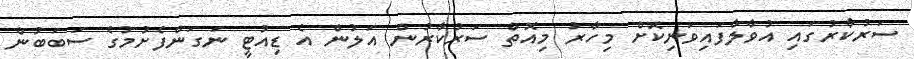
ސަރުކާރުގައި އުވާލާފައިވަނިކޮށް މިހާރު މިއޮތް ސަރުކާރުން އަލުން އެ ޑިއުޓީ ނަގަންފެށުމުގެ ސަބަބުން